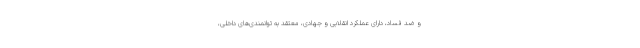
و ضد فساد، دارای عملکرد انقلابی و جهادی، معتقد به توانمندی‌های داخلی،